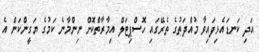
އަދި ކަނޑައެޅިފައިވާ މުއްދަތުގެ ތެރޭގައި ހޮސްޕިޓަލް އިމާރާތްކޮށް ނިންމާނެ ކަމުގެ ޔަގީންކަން އެ